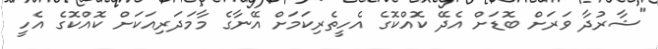
"ޝާރުދާ ވަރަށް ބޮޑަށް އެދޭ ކޮއްކޮގެ އެހީތެރިކަމަށް އޭނާގެ މާމަދަރިއަކަށް ކޮއްކޮގެ އެހީ